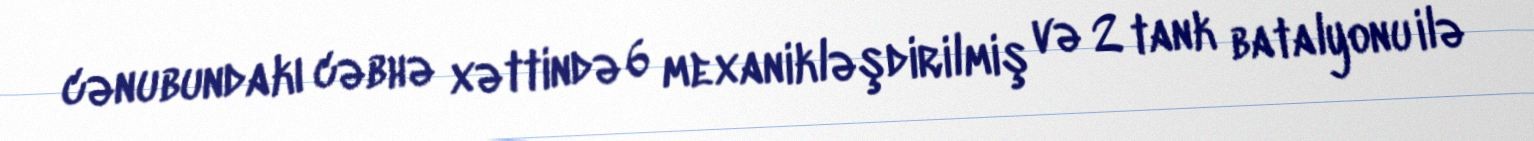
cənubundakı cəbhə xəttində 6 mexanikləşdirilmiş və 2 tank batalyonu ilə